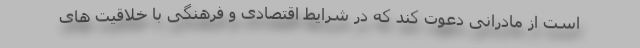
است از مادرانی دعوت کند که در شرایط اقتصادی و فرهنگی با خلاقیت های